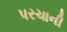
પરચાની